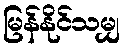
မြန်နိုင်သမျှ